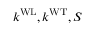
k ^ { \mathrm { W L } } , k ^ { \mathrm { W T } } , S